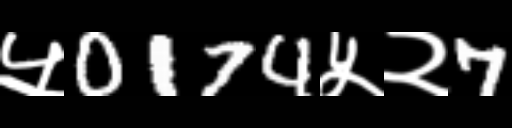
Text: ५0174५२7